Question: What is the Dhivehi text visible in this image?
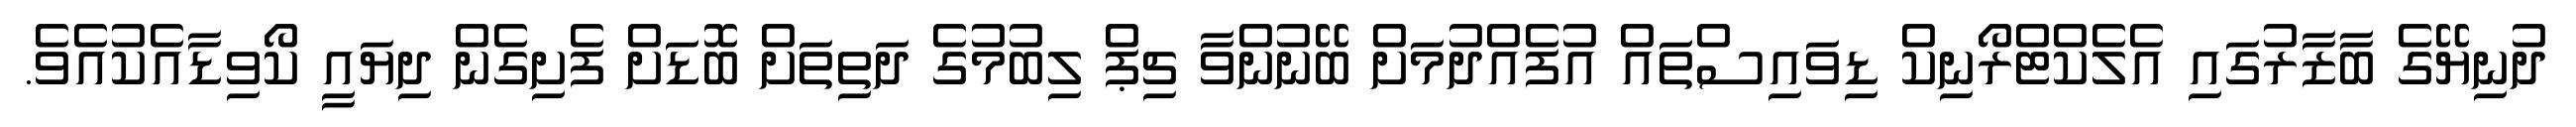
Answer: ދުނިޔޭގެ ބާޒާރުގައި އެލެކްޓްރޯނިކް ޑިވައިސްތައް އުފެއްދުމަށް ބޭނުންވާ ޗިޕް ލިބުމުގެ ދަތިތަށް ބޮޑަށް ފެށިގެން ދިޔައީ ކޯވިޑާއެކުއެވެ.